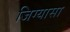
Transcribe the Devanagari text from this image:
जिग्यासा